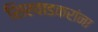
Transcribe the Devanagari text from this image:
शिरवाडकरांना